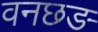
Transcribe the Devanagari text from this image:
वनछङ